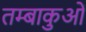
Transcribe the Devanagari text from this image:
तम्बाकुओं